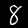
Label: 8